Rangoon Lunatic Asylum 1893-1897 - 1893-1897
Year: 1893
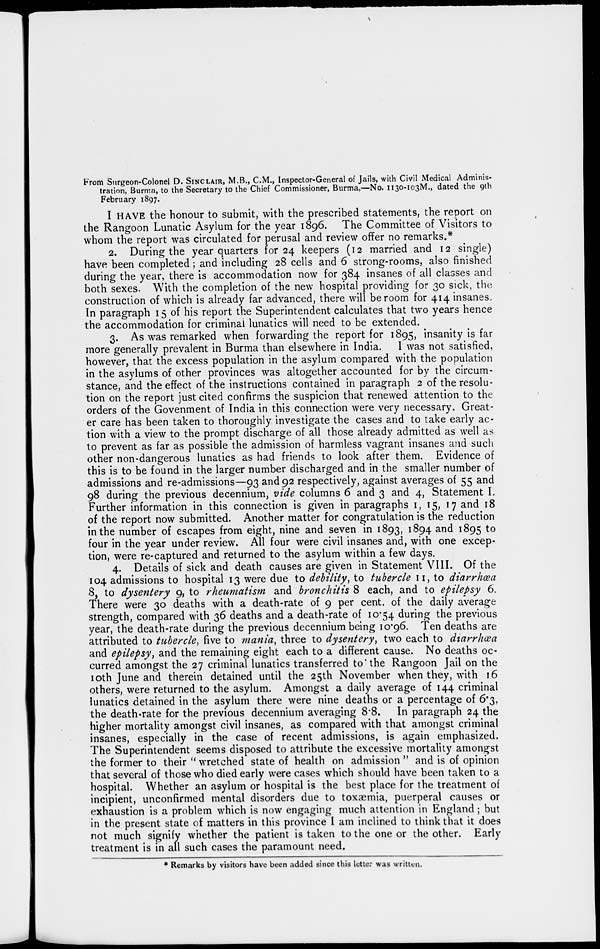
From Surgeon-Colonel D. SINCLAIR, M.B., C.M., Inspector-General of Jails, with Civil Medical Adminis-
tration, Burma, to the Secretary to the Chief Commissioner, Burma,—No. 1130-103M., dated the 9th
February 1897.
I HAVE the honour to submit, with the prescribed statements, the report on
the Rangoon Lunatic Asylum for the year 1896. The Committee of Visitors to
whom the report was circulated for perusal and review offer no remarks.*
2. During the year quarters for 24 keepers (12 married and 12 single)
have been completed ; and including 28 cells and 6 strong-rooms, also finished
during the year, there is accommodation now for 384 insanes of all classes and
both sexes. With the completion of the new hospital providing for 30 sick, the
construction of which is already far advanced, there will be room for 414 insanes.
In paragraph 15 of his report the Superintendent calculates that two years hence
the accommodation for criminal lunatics will need to be extended.
3. As was remarked when forwarding the report for 1895, insanity is far
more generally prevalent in Burma than elsewhere in India. I was not satisfied,
however, that the excess population in the asylum compared with the population
in the asylums of other provinces was altogether accounted for by the circum-
stance, and the effect of the instructions contained in paragraph 2 of the resolu-
tion on the report just cited confirms the suspicion that renewed attention to the
orders of the Govenment of India in this connection were very necessary. Great-
er care has been taken to thoroughly investigate the cases and to take early ac-
tion with a view to the prompt discharge of all those already admitted as well as
to prevent as far as possible the admission of harmless vagrant insanes and such
other non-dangerous lunatics as had friends to look after them. Evidence of
this is to be found in the larger number discharged and in the smaller number of
admissions and re-admissions—93 and 92 respectively, against averages of 55 and
98 during the previous decennium, vide columns 6 and 3 and 4, Statement I.
Further information in this connection is given in paragraphs 1, 15, 17 and 18
of the report now submitted. Another matter for congratulation is the reduction
in the number of escapes from eight, nine and seven in 1893, 1894 and 1895 to
four in the year under review. All four were civil insanes and, with one excep-
tion, were re-captured and returned to the asylum within a few days.
4. Details of sick and death causes are given in Statement VIII. Of the
104 admissions to hospital 13 were due to debility, to tubercle 11, to diarrhœa
8, to dysentery 9, to rheumatism and bronchitis 8 each, and to epilepsy 6.
There were 30 deaths with a death-rate of 9 per cent. of the daily average
strength, compared with 36 deaths and a death-rate of 10.54 during the previous
year, the death-rate during the previous decennium being 10.96. Ten deaths are
attributed to tubercle, five to mania, three to dysentery, two each to diarrhœa
and epilepsy, and the remaining eight each to a different cause. No deaths oc-
curred amongst the 27 criminal lunatics transferred to the Rangoon Jail on the
10th June and therein detained until the 25th November when they, with 16
others, were returned to the asylum. Amongst a daily average of 144 criminal
lunatics detained in the asylum there were nine deaths or a percentage of 6.3,
the death-rate for the previous decennium averaging 8.8. In paragraph 24 the
higher mortality amongst civil insanes, as compared with that amongst criminal
insanes, especially in the case of recent admissions, is again emphasized.
The Superintendent seems disposed to attribute the excessive mortality amongst
the former to their " wretched state of health on admission " and is of opinion
that several of those who died early were cases which should have been taken to a
hospital. Whether an asylum or hospital is the best place for the treatment of
incipient, unconfirmed mental disorders due to toxæmia, puerperal causes or
exhaustion is a problem which is now engaging much attention in England ; but
in the present state of matters in this province I am inclined to think that it does
not much signify whether the patient is taken to the one or the other. Early
treatment is in all such cases the paramount need.
* Remarks by visitors have been added since this letter was written.